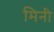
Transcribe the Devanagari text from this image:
मिनी